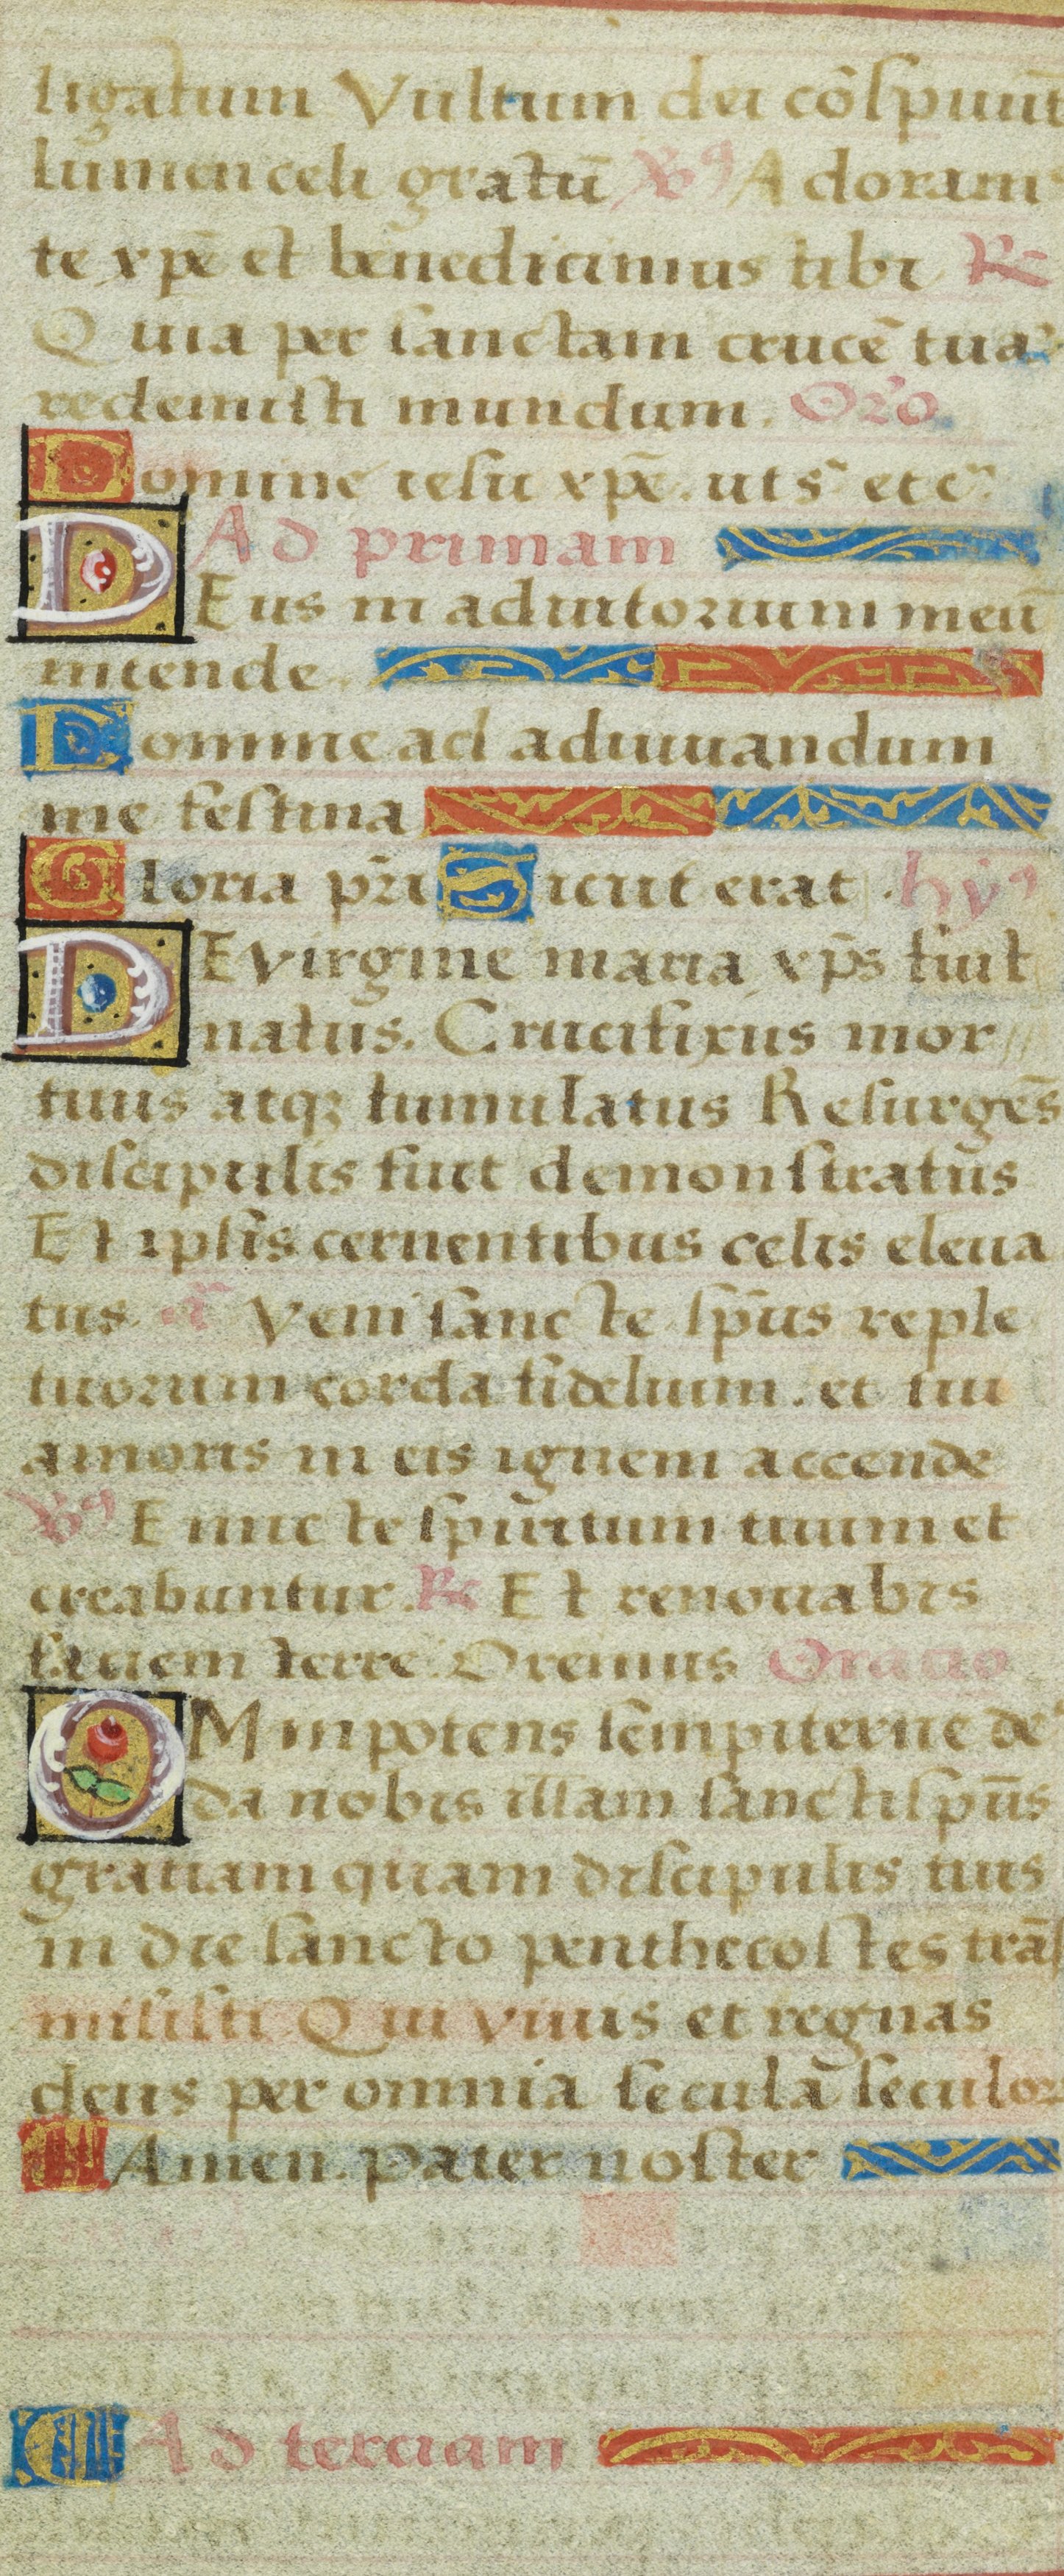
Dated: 1525–1549